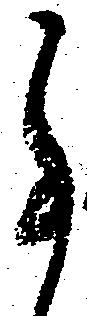
事